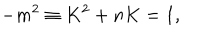
- m ^ { 2 } \equiv K ^ { 2 } + n K = 1 ,